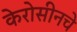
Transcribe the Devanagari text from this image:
केरोसीनचे